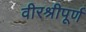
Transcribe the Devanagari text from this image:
वीरश्रीपूर्ण